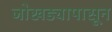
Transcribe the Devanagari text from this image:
जोखड्यापासून